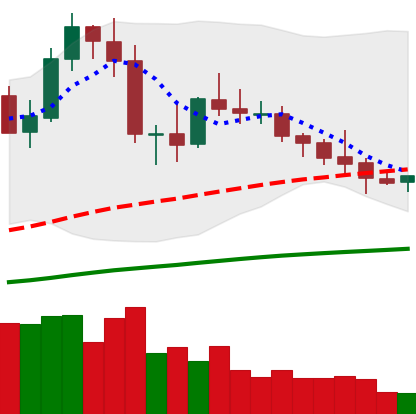
Ticker: NEO-USD
Chart end date: 2020-10-04
Forward return: -4.099%
Label: down_3_5